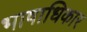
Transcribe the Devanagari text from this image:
भाषाधिकार